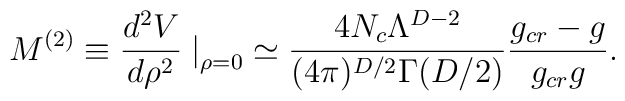
M^{(2)} \equiv \frac{d^2 V}{d \rho^2} \left. \right|_{\rho=0} \simeq \frac{4 N_c \Lambda^{D-2}}{(4\pi)^{D/2}\Gamma(D/2)} \frac{g_{cr}-g}{g_{cr}g}.